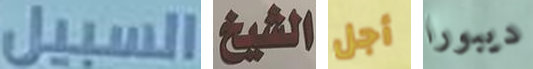
السبيل الشيخ أجل ديبورا